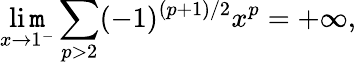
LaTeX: \operatorname*{li\mathtt{m}}_{x\to1^{-}}\sum_{p>2}(-1)^{(p+1)/2}x^{p}=+\infty,